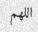
اللھم